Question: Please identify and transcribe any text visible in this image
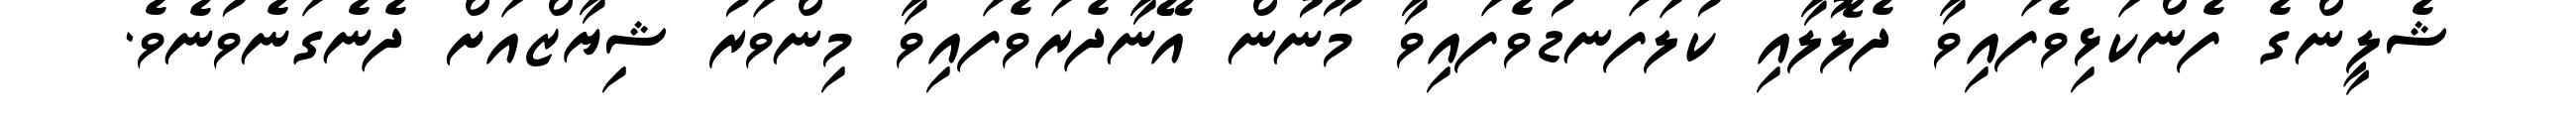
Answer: ޝެލީންގެ ފެންކަޅިވެފައިވާ ދެލޮލާއި ކުލަފަނޑުވެފައިވާ މޫނުން އޭނާދެރަވެފައިވާ މިންވަރު ޝިޔާޒްއަށް ދެނެގަނެވުނެވެ.